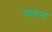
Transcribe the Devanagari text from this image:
चावेल